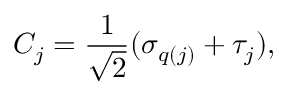
C _ { j } = \frac { 1 } { \sqrt { 2 } } ( \sigma _ { q ( j ) } + \tau _ { j } ) ,